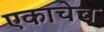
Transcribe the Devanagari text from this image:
एकाचेच